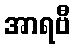
အာရဗီ